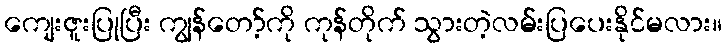
ကျေးဇူးပြုပြီး ကျွန်တော့်ကို ကုန်တိုက် သွားတဲ့လမ်းပြပေးနိုင်မလား။